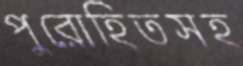
পুরোহিতসহ